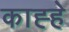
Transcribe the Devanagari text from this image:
काह्हे